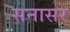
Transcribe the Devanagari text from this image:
सनासर